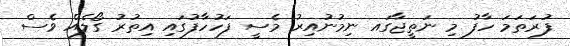
ފުރަތަމަ ހާފު މި ނަތީޖާގައ ނިމުނުއިރު މެސީ ފަހުހާފުގައި އިތުރު ގޯލެއް ވެސް